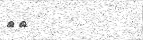
٥٠